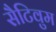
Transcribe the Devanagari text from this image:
सैटिवुम